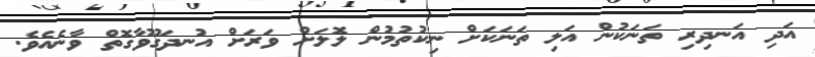
އަދި އަނދިރި ތަނަކުން އަލި ތަނަކަށް ނިކުތުމުން ލޮލަށް ވަރަށް އުނދަގޫވާގޮތް ވާނެއެވެ.